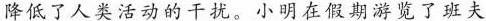
降低了人类活动的干扰。小明在假期游览了班夫